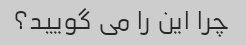
چرا این را می گویید؟